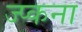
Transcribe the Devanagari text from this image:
ज्प्कना